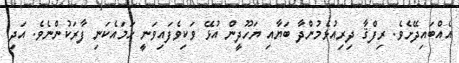
އެއްބައިދޭށެވެ. ރިފްޤާ ދިރިއުޅެމުންދާ ބަޔާއި ޔަހޫދީން އުޅޭ ވަކިވެފައިވަނީ ހަމައެކަނި ފާރަކުންނެވެ. އަދި